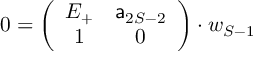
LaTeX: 0 = \left( \begin{array} { c c } { { { \cal E } _ { + } } } & { { { \sf a } _ { 2 S - 2 } } } \\ { { 1 } } & { { 0 } } \end{array} \right) \cdot w _ { S - 1 }